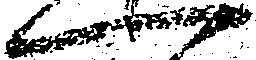
一